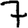
Digit: 7